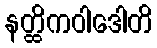
နတ္ထိကဝါဒေါတိ